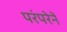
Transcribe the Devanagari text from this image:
परंपरेनें